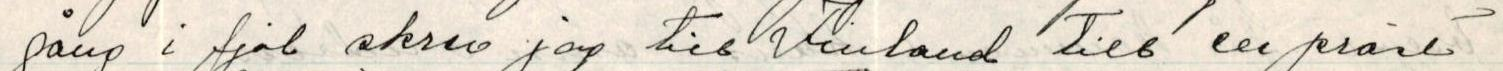
gång i fjol skrev jag till Finland till en präst